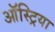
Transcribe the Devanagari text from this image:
ऑस्‍ट्रिया